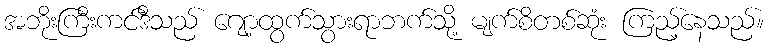
အဘိုးကြီးကင်ဒီသည် ဂျော့ထွက်သွားရာဘက်သို့ မျက်စိတစ်ဆုံး ကြည့်နေသည်။